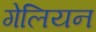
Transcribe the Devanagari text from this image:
गेलियन